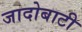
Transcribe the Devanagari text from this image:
जादोबाटी